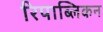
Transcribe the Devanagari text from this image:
रिपाब्लिकन